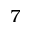
7